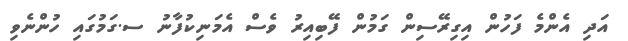
އަދި އެންމެ ފަހުން އިގިރޭސިން ގަމުން ފޭބިއިރު ވެސް އެމަނިކުފާނު ސ.ގަމުގައި ހުންނެވި